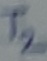
Text: T2